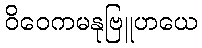
ဝိဝေကမနုဗြူဟယေ